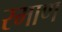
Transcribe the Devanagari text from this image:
रमाण